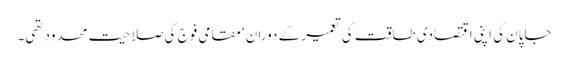
جاپان کی اپنی اقتصادی طاقت کی تعمیر کے دوران‘ مقامی فوج کی صلاحیت محدود تھی۔